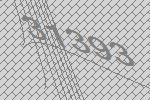
31393